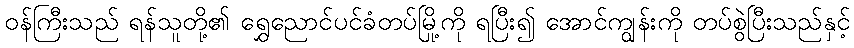
ဝန်ကြီးသည် ရန်သူတို့၏ ရွှေညောင်ပင်ခံတပ်မြို့ကို ရပြီး၍ အောင်ကျွန်းကို တပ်စွဲပြီးသည်နှင့်